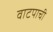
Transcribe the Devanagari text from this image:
वाटपाची